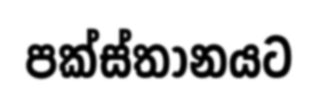
පක්ස්තානයට